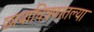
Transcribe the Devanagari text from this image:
छायाचित्रणातल्या